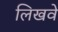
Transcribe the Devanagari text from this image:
लिखवे